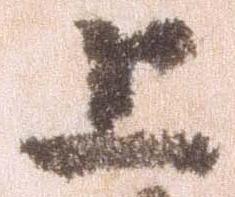
上